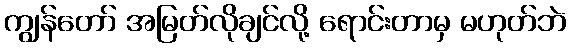
ကျွန်တော် အမြတ်လိုချင်လို့ ရောင်းတာမှ မဟုတ်ဘဲ